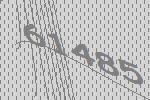
61485